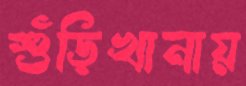
শুঁড়িখানায়